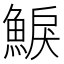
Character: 𩸭